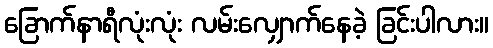
ခြောက်နာရီလုံးလုံး လမ်းလျှောက်နေခဲ့ ခြင်းပါလား။